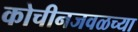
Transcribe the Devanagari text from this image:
कोचीनजवळच्या